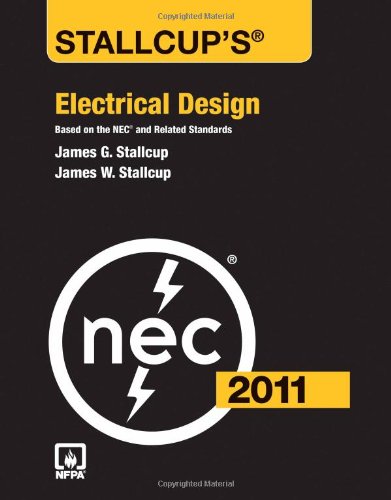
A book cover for Stallcup's Electrical Design, 2011 Edition; James G. Stallcup; Science & Math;